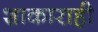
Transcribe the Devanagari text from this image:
शाकाराही